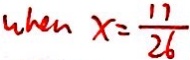
w h e n x = \frac { 1 7 } { 2 6 }